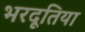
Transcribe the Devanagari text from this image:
भरदूतिया